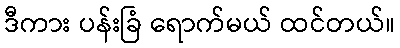
ဒီကား ပန်းခြံ ရောက်မယ် ထင်တယ်။